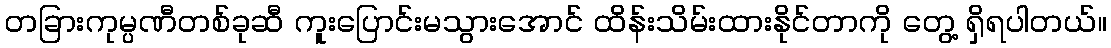
တခြားကုမ္ပဏီတစ်ခုဆီ ကူးပြောင်းမသွားအောင် ထိန်းသိမ်းထားနိုင်တာကို တွေ့ ရှိရပါတယ်။